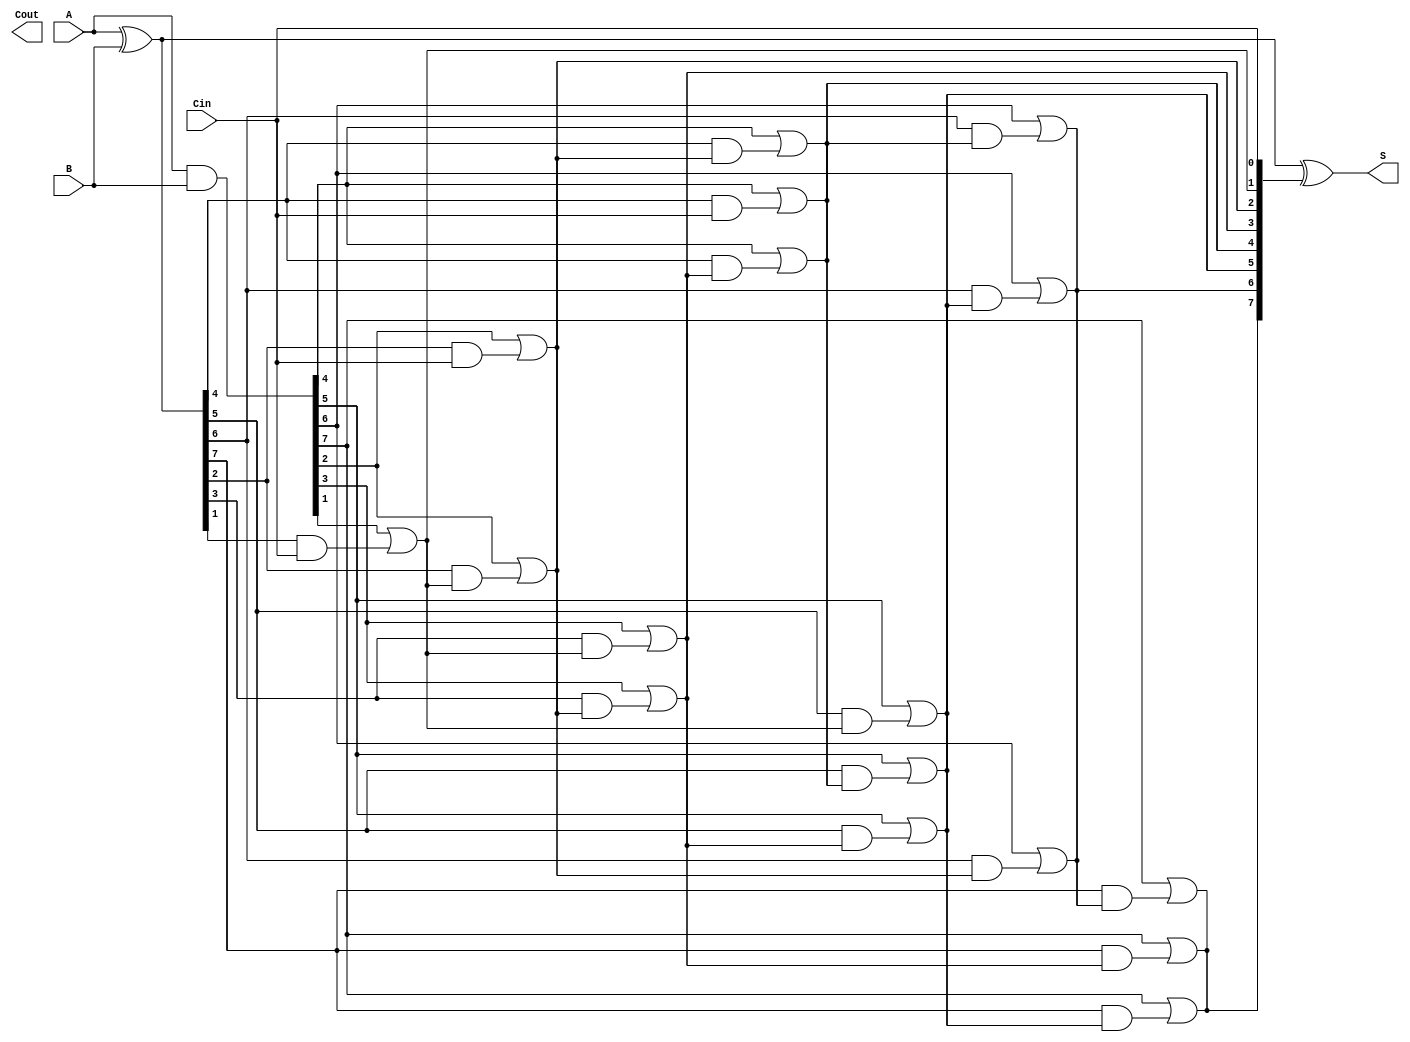
module KoggeStoneAdder #(parameter N = 8) (
    input [N-1:0] A,       // First n-bit input
    input [N-1:0] B,       // Second n-bit input
    input Cin,             // Carry-in
    output [N-1:0] S,      // n-bit sum output
    output Cout            // Carry-out output
);
    
    wire [N-1:0] G;        // Generate
    wire [N-1:0] P;        // Propagate
    wire [N:0] C;          // Carry signals, C[0] is the carry-in
    
    // Generate and Propagate signals
    assign G = A & B;      // Generate: G[i] = A[i] & B[i]
    assign P = A ^ B;      // Propagate: P[i] = A[i] XOR B[i]
    
    // Carry computation
    assign C[0] = Cin;     // Carry-in
    
    genvar i, j, k;
    generate
        // Carry generation
        for (k = 0; k < $clog2(N); k = k + 1) begin: carry_generation
            for (i = 0; i < N; i = i + 1) begin: carry_stage
                // Compute carry at level k+1
                if (i >= (1 << k)) begin
                    assign C[i] = G[i] | (P[i] & C[i - (1 << k)]);
                end
            end
        end
    endgenerate
    
    // Sum computation
    assign S = P ^ C[N-1:0]; // Sum: S[i] = P[i] XOR C[i]
    
    // Carry-out
    assign Cout = C[N];      // Final carry-out is the last carry signal
    
endmodule